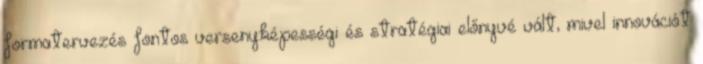
formatervezés fontos versenyképességi és stratégiai előnyvé vált, mivel innovációt